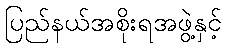
ပြည်နယ်အစိုးရအဖွဲ့နှင့်